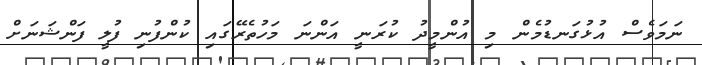
ނަމަވެސް އުޅުގަނޑުމެން މި އުންމީދު ކުރަނީ އަންނަ މަހުތެރޭގައި ކުންފުނި ފުލީ ފަންޝަނަށް